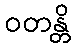
ဝတန္တိ